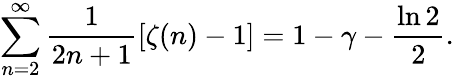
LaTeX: \sum_{n=2}^{\infty}{\frac{1}{2n+1}}[\zeta(n)-1]=1-\gamma-{\frac{\ln 2}{2}}.